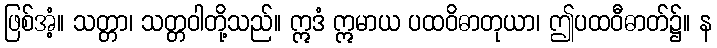
ဖြစ်အံ့။ သတ္တာ၊ သတ္တဝါတို့သည်။ ဣဒံ ဣမာယ ပထဝိဓာတုယာ၊ ဤပထဝီဓာတ်၌။ န